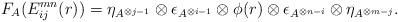
LaTeX: \begin{align*} F_A(E_{ij}^{mn}(r)) = \eta_{A^{\otimes j-1}} \otimes \epsilon_{A^{\otimes i-1}} \otimes \phi(r) \otimes \epsilon_{A^{\otimes n-i}} \otimes \eta_{A^{\otimes m-j}}.\end{align*}